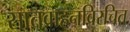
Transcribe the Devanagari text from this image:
सातवाहनविरचित